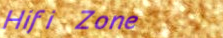
Hifi Zone